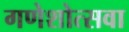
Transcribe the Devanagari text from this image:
गणेशोत्सवा